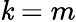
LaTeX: \mathit{k}=m